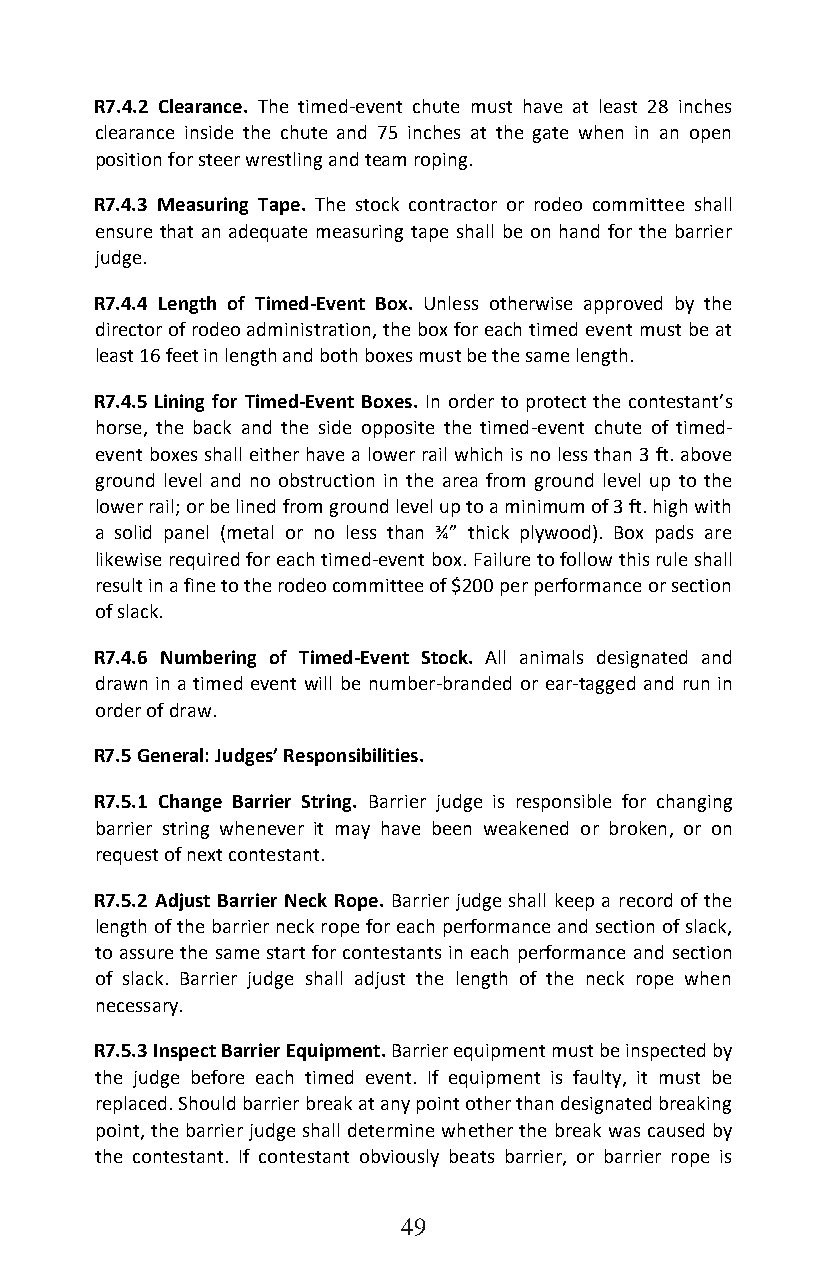
R7.4.2 Clearance. The timed-event chute must have at least 28 inches
 clearance inside the chute and 75 inches at the gate when in an open
 position for steer wrestling and team roping.
 R7.4.3 Measuring Tape. The stock contractor or rodeo committee shall
 ensure that an adequate measuring tape shall be on hand for the barrier
 judge.
 R7.4.4 Length of Timed-Event Box. Unless otherwise approved by the
 director of rodeo administration, the box for each timed event must be at
 least 16 feet in length and both boxes must be the same length.
 R7.4.5 Lining for Timed-Event Boxes. In order to protect the contestant’s
 horse, the back and the side opposite the timed-event chute of timed-
 event boxes shall either have a lower rail which is no less than 3 ft. above
 ground level and no obstruction in the area from ground level up to the
 lower rail; or be lined from ground level up to a minimum of 3 ft. high with
 a solid panel (metal or no less than ¾” thick plywood). Box pads are
 likewise required for each timed-event box. Failure to follow this rule shall
 result in a fine to the rodeo committee of $200 per performance or section
 of slack.
 R7.4.6 Numbering of Timed-Event Stock. All animals designated and
 drawn in a timed event will be number-branded or ear-tagged and run in
 order of draw.
 R7.5 General: Judges’ Responsibilities.
 R7.5.1 Change Barrier String. Barrier judge is responsible for changing
 barrier string whenever it may have been weakened or broken, or on
 request of next contestant.
 R7.5.2 Adjust Barrier Neck Rope. Barrier judge shall keep a record of the
 length of the barrier neck rope for each performance and section of slack,
 to assure the same start for contestants in each performance and section
 of slack. Barrier judge shall adjust the length of the neck rope when
 necessary.
 R7.5.3 Inspect Barrier Equipment. Barrier equipment must be inspected by
 the judge before each timed event. If equipment is faulty, it must be
 replaced. Should barrier break at any point other than designated breaking
 point, the barrier judge shall determine whether the break was caused by
 the contestant. If contestant obviously beats barrier, or barrier rope is
 49